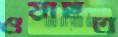
ওয়াছত